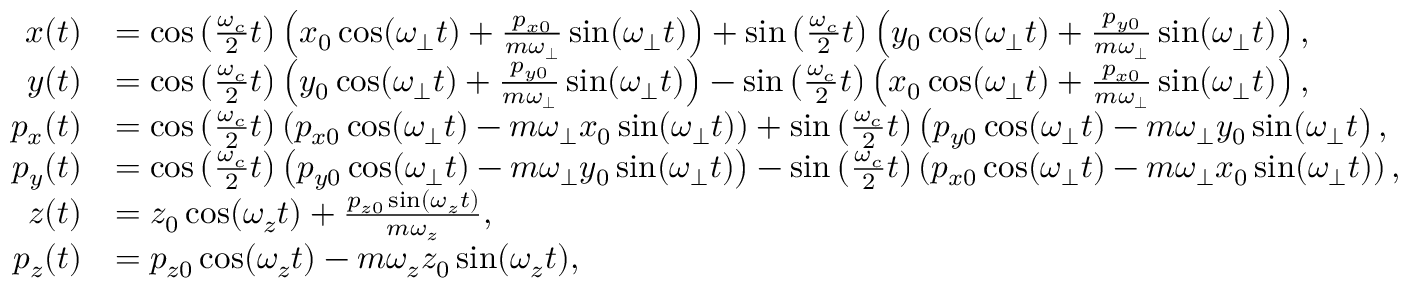
\begin{array} { r l } { x ( t ) } & { = \cos \left( \frac { \omega _ { c } } { 2 } t \right) \left( x _ { 0 } \cos ( \omega _ { \perp } t ) + \frac { p _ { x 0 } } { m \omega _ { \perp } } \sin ( \omega _ { \perp } t ) \right) + \sin \left( \frac { \omega _ { c } } { 2 } t \right) \left( y _ { 0 } \cos ( \omega _ { \perp } t ) + \frac { p _ { y 0 } } { m \omega _ { \perp } } \sin ( \omega _ { \perp } t ) \right) , } \\ { y ( t ) } & { = \cos \left( \frac { \omega _ { c } } { 2 } t \right) \left( y _ { 0 } \cos ( \omega _ { \perp } t ) + \frac { p _ { y 0 } } { m \omega _ { \perp } } \sin ( \omega _ { \perp } t ) \right) - \sin \left( \frac { \omega _ { c } } { 2 } t \right) \left( x _ { 0 } \cos ( \omega _ { \perp } t ) + \frac { p _ { x 0 } } { m \omega _ { \perp } } \sin ( \omega _ { \perp } t ) \right) , } \\ { p _ { x } ( t ) } & { = \cos \left( \frac { \omega _ { c } } { 2 } t \right) \left( p _ { x 0 } \cos ( \omega _ { \perp } t ) - m \omega _ { \perp } x _ { 0 } \sin ( \omega _ { \perp } t ) \right) + \sin \left( \frac { \omega _ { c } } { 2 } t \right) \left( p _ { y 0 } \cos ( \omega _ { \perp } t ) - m \omega _ { \perp } y _ { 0 } \sin ( \omega _ { \perp } t \right) , } \\ { p _ { y } ( t ) } & { = \cos \left( \frac { \omega _ { c } } { 2 } t \right) \left( p _ { y 0 } \cos ( \omega _ { \perp } t ) - m \omega _ { \perp } y _ { 0 } \sin ( \omega _ { \perp } t ) \right) - \sin \left( \frac { \omega _ { c } } { 2 } t \right) \left( p _ { x 0 } \cos ( \omega _ { \perp } t ) - m \omega _ { \perp } x _ { 0 } \sin ( \omega _ { \perp } t ) \right) , } \\ { z ( t ) } & { = z _ { 0 } \cos ( \omega _ { z } t ) + \frac { p _ { z 0 } \sin ( \omega _ { z } t ) } { m \omega _ { z } } , } \\ { p _ { z } ( t ) } & { = p _ { z 0 } \cos ( \omega _ { z } t ) - m \omega _ { z } z _ { 0 } \sin ( \omega _ { z } t ) , } \end{array}